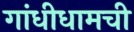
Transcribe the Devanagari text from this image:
गांधीधामची